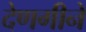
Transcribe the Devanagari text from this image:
देणगीने